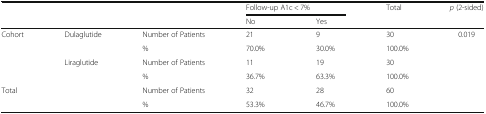
<table><thead><tr><td rowspan="2" colspan="3"></td><td colspan="2"><b>Follow-up A1c &lt; 7%</b></td><td rowspan="2"><b>Total</b></td><td rowspan="2"><b><i>p</i> (2-sided)</b></td></tr><tr><td><b>No</b></td><td><b>Yes</b></td></tr></thead><tbody><tr><td rowspan="4">Cohort</td><td rowspan="2">Dulaglutide</td><td>Number of Patients</td><td>21</td><td>9</td><td>30</td><td rowspan="6">0.019</td></tr><tr><td>%</td><td>70.0%</td><td>30.0%</td><td>100.0%</td></tr><tr><td rowspan="2">Liraglutide</td><td>Number of Patients</td><td>11</td><td>19</td><td>30</td></tr><tr><td>%</td><td>36.7%</td><td>63.3%</td><td>100.0%</td></tr><tr><td rowspan="2" colspan="2">Total</td><td>Number of Patients</td><td>32</td><td>28</td><td>60</td></tr><tr><td>%</td><td>53.3%</td><td>46.7%</td><td>100.0%</td></tr></tbody></table>